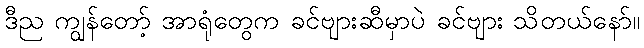
ဒီည ကျွန်တော့် အာရုံတွေက ခင်ဗျားဆီမှာပဲ ခင်ဗျား သိတယ်နော်။